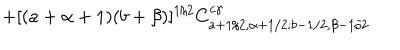
+ [ ( a + \alpha + 1 ) ( b + \beta ) ] ^ { 1 / 2 } C _ { a + 1 / 2 , \alpha + 1 / 2 ; b - 1 / 2 , \beta - 1 / 2 } ^ { c \gamma }